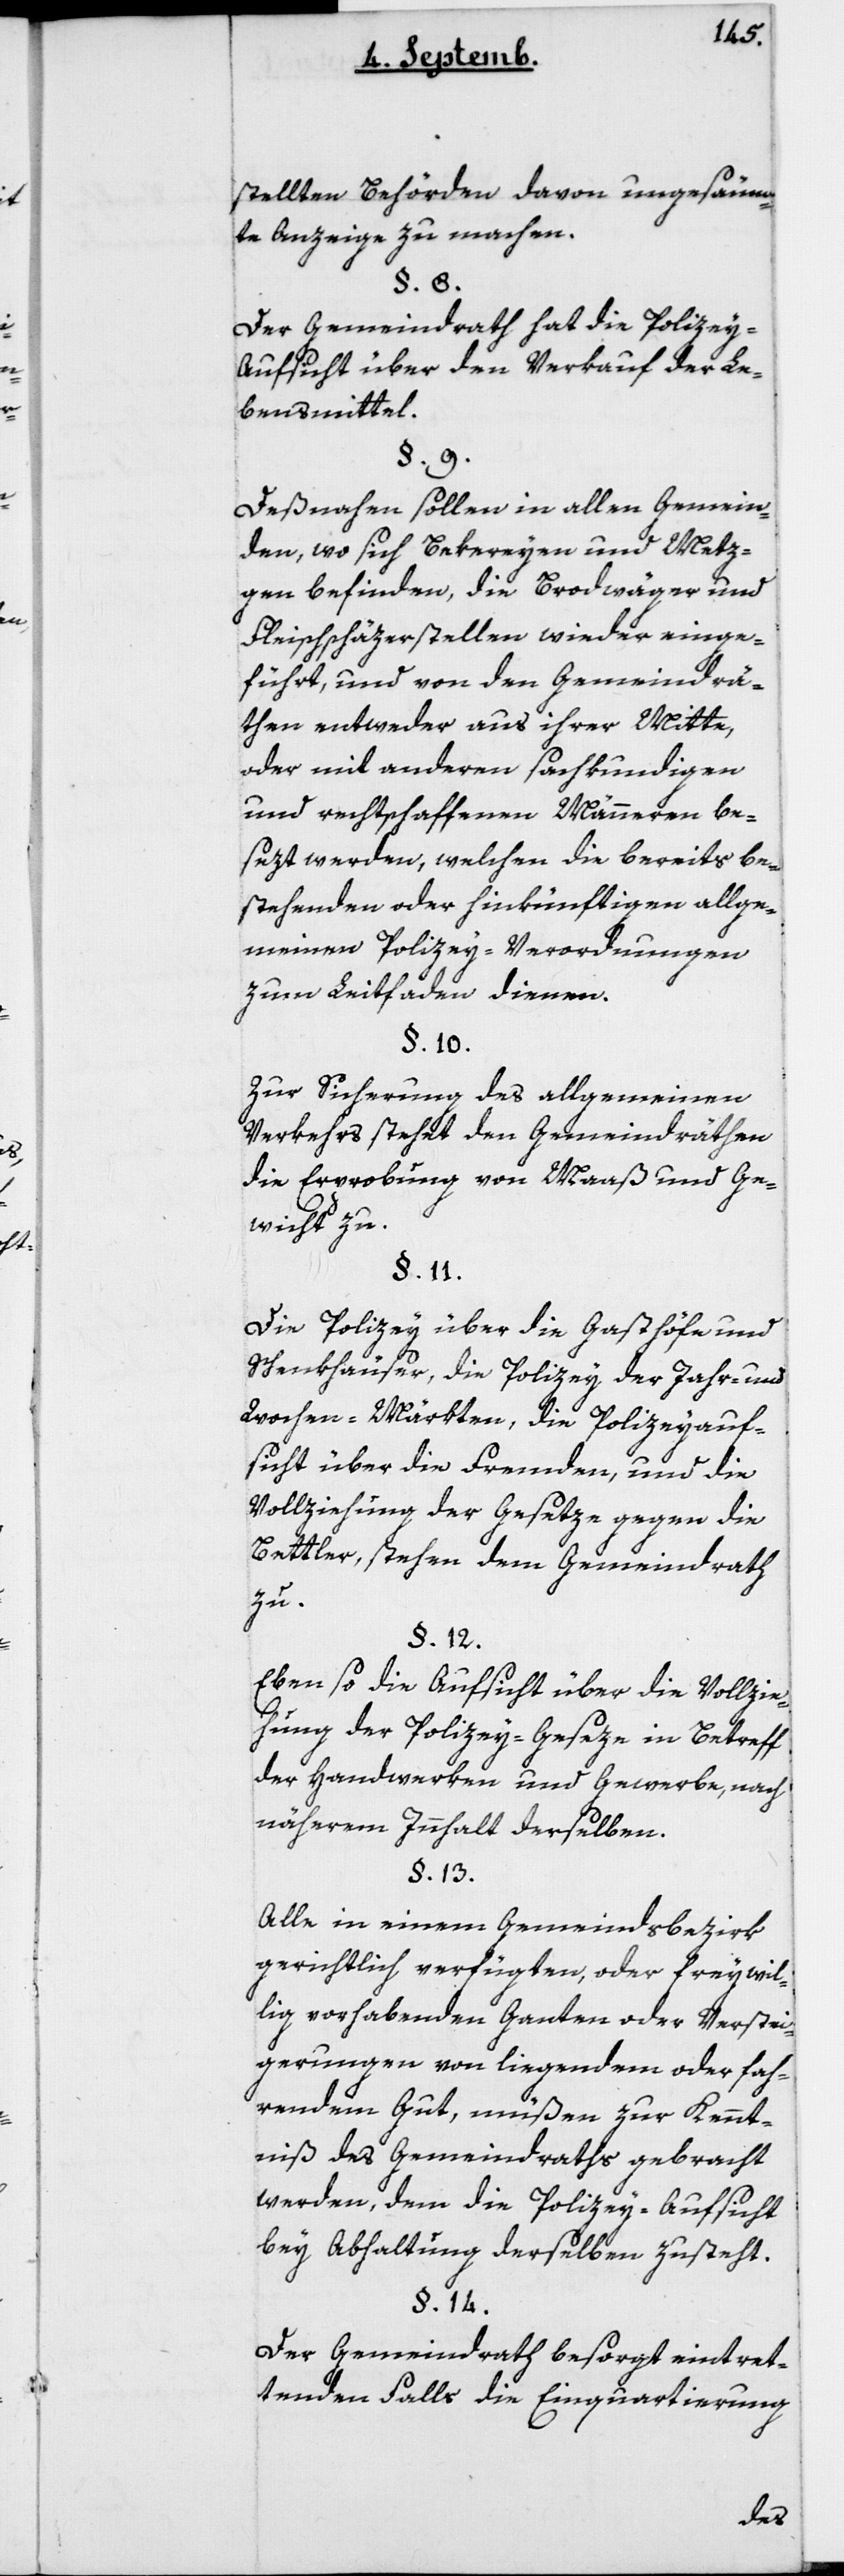
gestellten Behörden davon ungesäum¬
te Anzeige zu machen.
Der Gemeinrath hat die Policey-A¬
ufsicht über den Verkauf der Le¬
bensmittel.
Desnahen sollen in allen Gemein¬
den, wo sich Bekereyen und Mez¬
gen befinden, die Brodwäger und
Fleischschäzerstellen wieder einge¬
führt, und von den Gemeindrä¬
then entweder aus ihrer Mitte,
oder mit anderen sachkundigen
und rechtschaffenen Männeren be¬
sezt werden, welchen die bereits be¬
stehenden oder hinkünftigen allge¬
meinen Policey-Verordnungen
zum Leitfaden dienen.
Zur Sicherung des allgemeinen
Verkehrs stehet den Gemeindräthen
die Erprobung von Maß und Ge¬
wicht zu.
Die Policey über die Gasthöfe und
Schenkhäuser, die Policey der Jahr- und
Wochenmärkten, die Policeyauf¬
sicht über die Fremden, und die
Vollziehung der Gesetze gegen die
Bettler, stehen dem Gemeindrath
zu.
Ebenso die Aufsicht über die Vollzie¬
hung der Policey-Geseze in Betreff
der Handwerken und Gewerbe, nach
näherem Innhalt derselben.
Alle in einem Gemeindsbezirk
gerichtlich verfügten, oder freywil¬
lig vorhabenden Ganten oder Verstei¬
gerungen von liegenden oder fah¬
rendem Gut, müßen zur Kennt¬
niß des Gemeindraths gebracht
werden, dem die Policey-Aufsicht
bey Abhaltung derselben zusteht.
Der Gemeindrath besorgt eintret¬
tenden Falls die Einquartierung